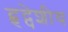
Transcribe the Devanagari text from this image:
हृद्पेशीय